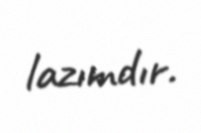
lazımdır.